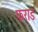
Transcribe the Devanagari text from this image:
फराड